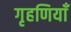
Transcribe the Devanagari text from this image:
गृहणियाँ